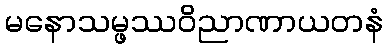
မနောသမ္ဖဿဝိညာဏာယတနံ